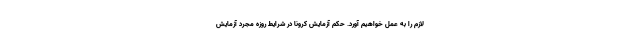
لازم را به عمل خواهیم آورد. حکم آزمایش کرونا در شرایط روزه مجرد آزمایش